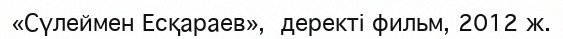
«Сүлеймен Есқараев»,  деректі фильм, 2012 ж.